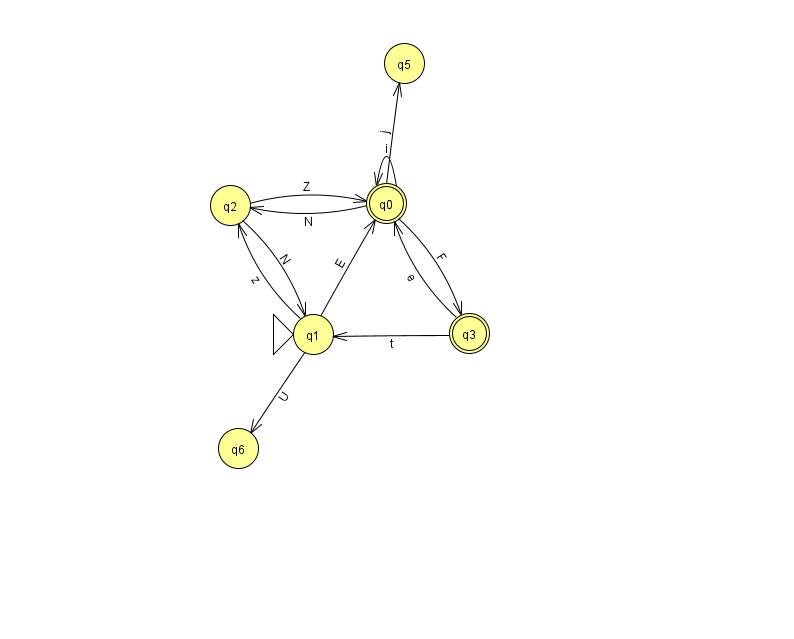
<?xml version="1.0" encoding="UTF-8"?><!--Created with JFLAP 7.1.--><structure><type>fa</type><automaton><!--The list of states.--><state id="0" name="q0"><x>386.0</x><y>190.0</y><final/></state><state id="1" name="q1"><x>313.0</x><y>321.0</y><initial/></state><state id="2" name="q2"><x>230.0</x><y>192.0</y></state><state id="3" name="q3"><x>469.0</x><y>320.0</y><final/></state><state id="5" name="q5"><x>404.0</x><y>50.0</y></state><state id="6" name="q6"><x>238.0</x><y>435.0</y></state><!--The list of transitions.--><transition><from>2</from><to>0</to><read>Z</read></transition><transition><from>0</from><to>2</to><read>N</read></transition><transition><from>3</from><to>0</to><read>e</read></transition><transition><from>0</from><to>3</to><read>F</read></transition><transition><from>2</from><to>1</to><read>N</read></transition><transition><from>3</from><to>1</to><read>t</read></transition><transition><from>0</from><to>0</to><read>i</read></transition><transition><from>1</from><to>0</to><read>E</read></transition><transition><from>1</from><to>6</to><read>U</read></transition><transition><from>1</from><to>2</to><read>z</read></transition><transition><from>0</from><to>5</to><read>j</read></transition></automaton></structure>